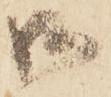
御